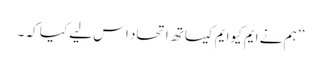
’’ہم نے ایم کیوایم کیساتھ اتحاد اس لیے کیا کہ ۔